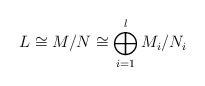
\begin{align*}L \cong M/N \cong \bigoplus_{i=1}^l M_i/N_i \end{align*}